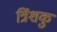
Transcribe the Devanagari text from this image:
त्रिंशकु